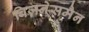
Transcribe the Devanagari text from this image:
बिज़नेसमैन